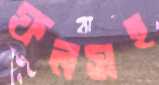
ফলসহ